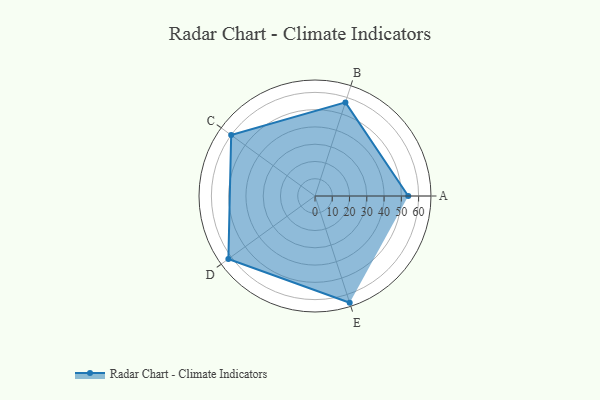
{"axis": {"x": "Skill", "y": "Score"}, "legend": ["Profile"], "data": [{"x": "A", "y": 54.0, "type": "Profile"}, {"x": "B", "y": 57.0, "type": "Profile"}, {"x": "C", "y": 60.0, "type": "Profile"}, {"x": "D", "y": 62.0, "type": "Profile"}, {"x": "E", "y": 65.0, "type": "Profile"}]}